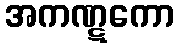
အကဏ္ဋကော